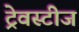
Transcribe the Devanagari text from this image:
ट्रेवस्टीज